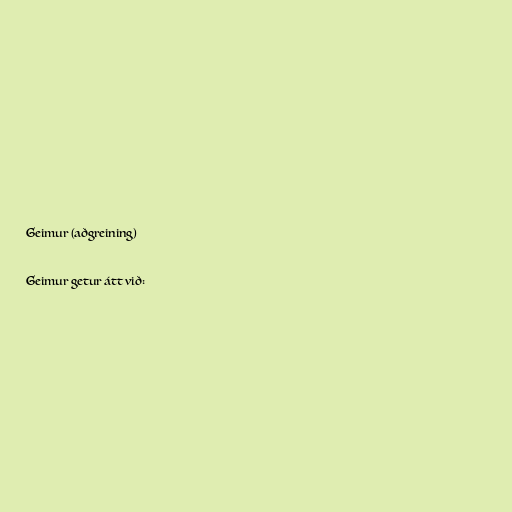
Geimur (aðgreining)

Geimur getur átt við: